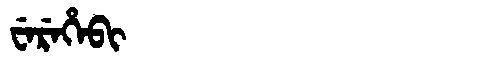
Manchu: ᠸᡝᡵᡝᡥᡝᠪᡳ
Romanization: WEREHEBI